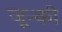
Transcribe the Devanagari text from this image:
जून्की